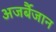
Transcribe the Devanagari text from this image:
अजर्बैजान